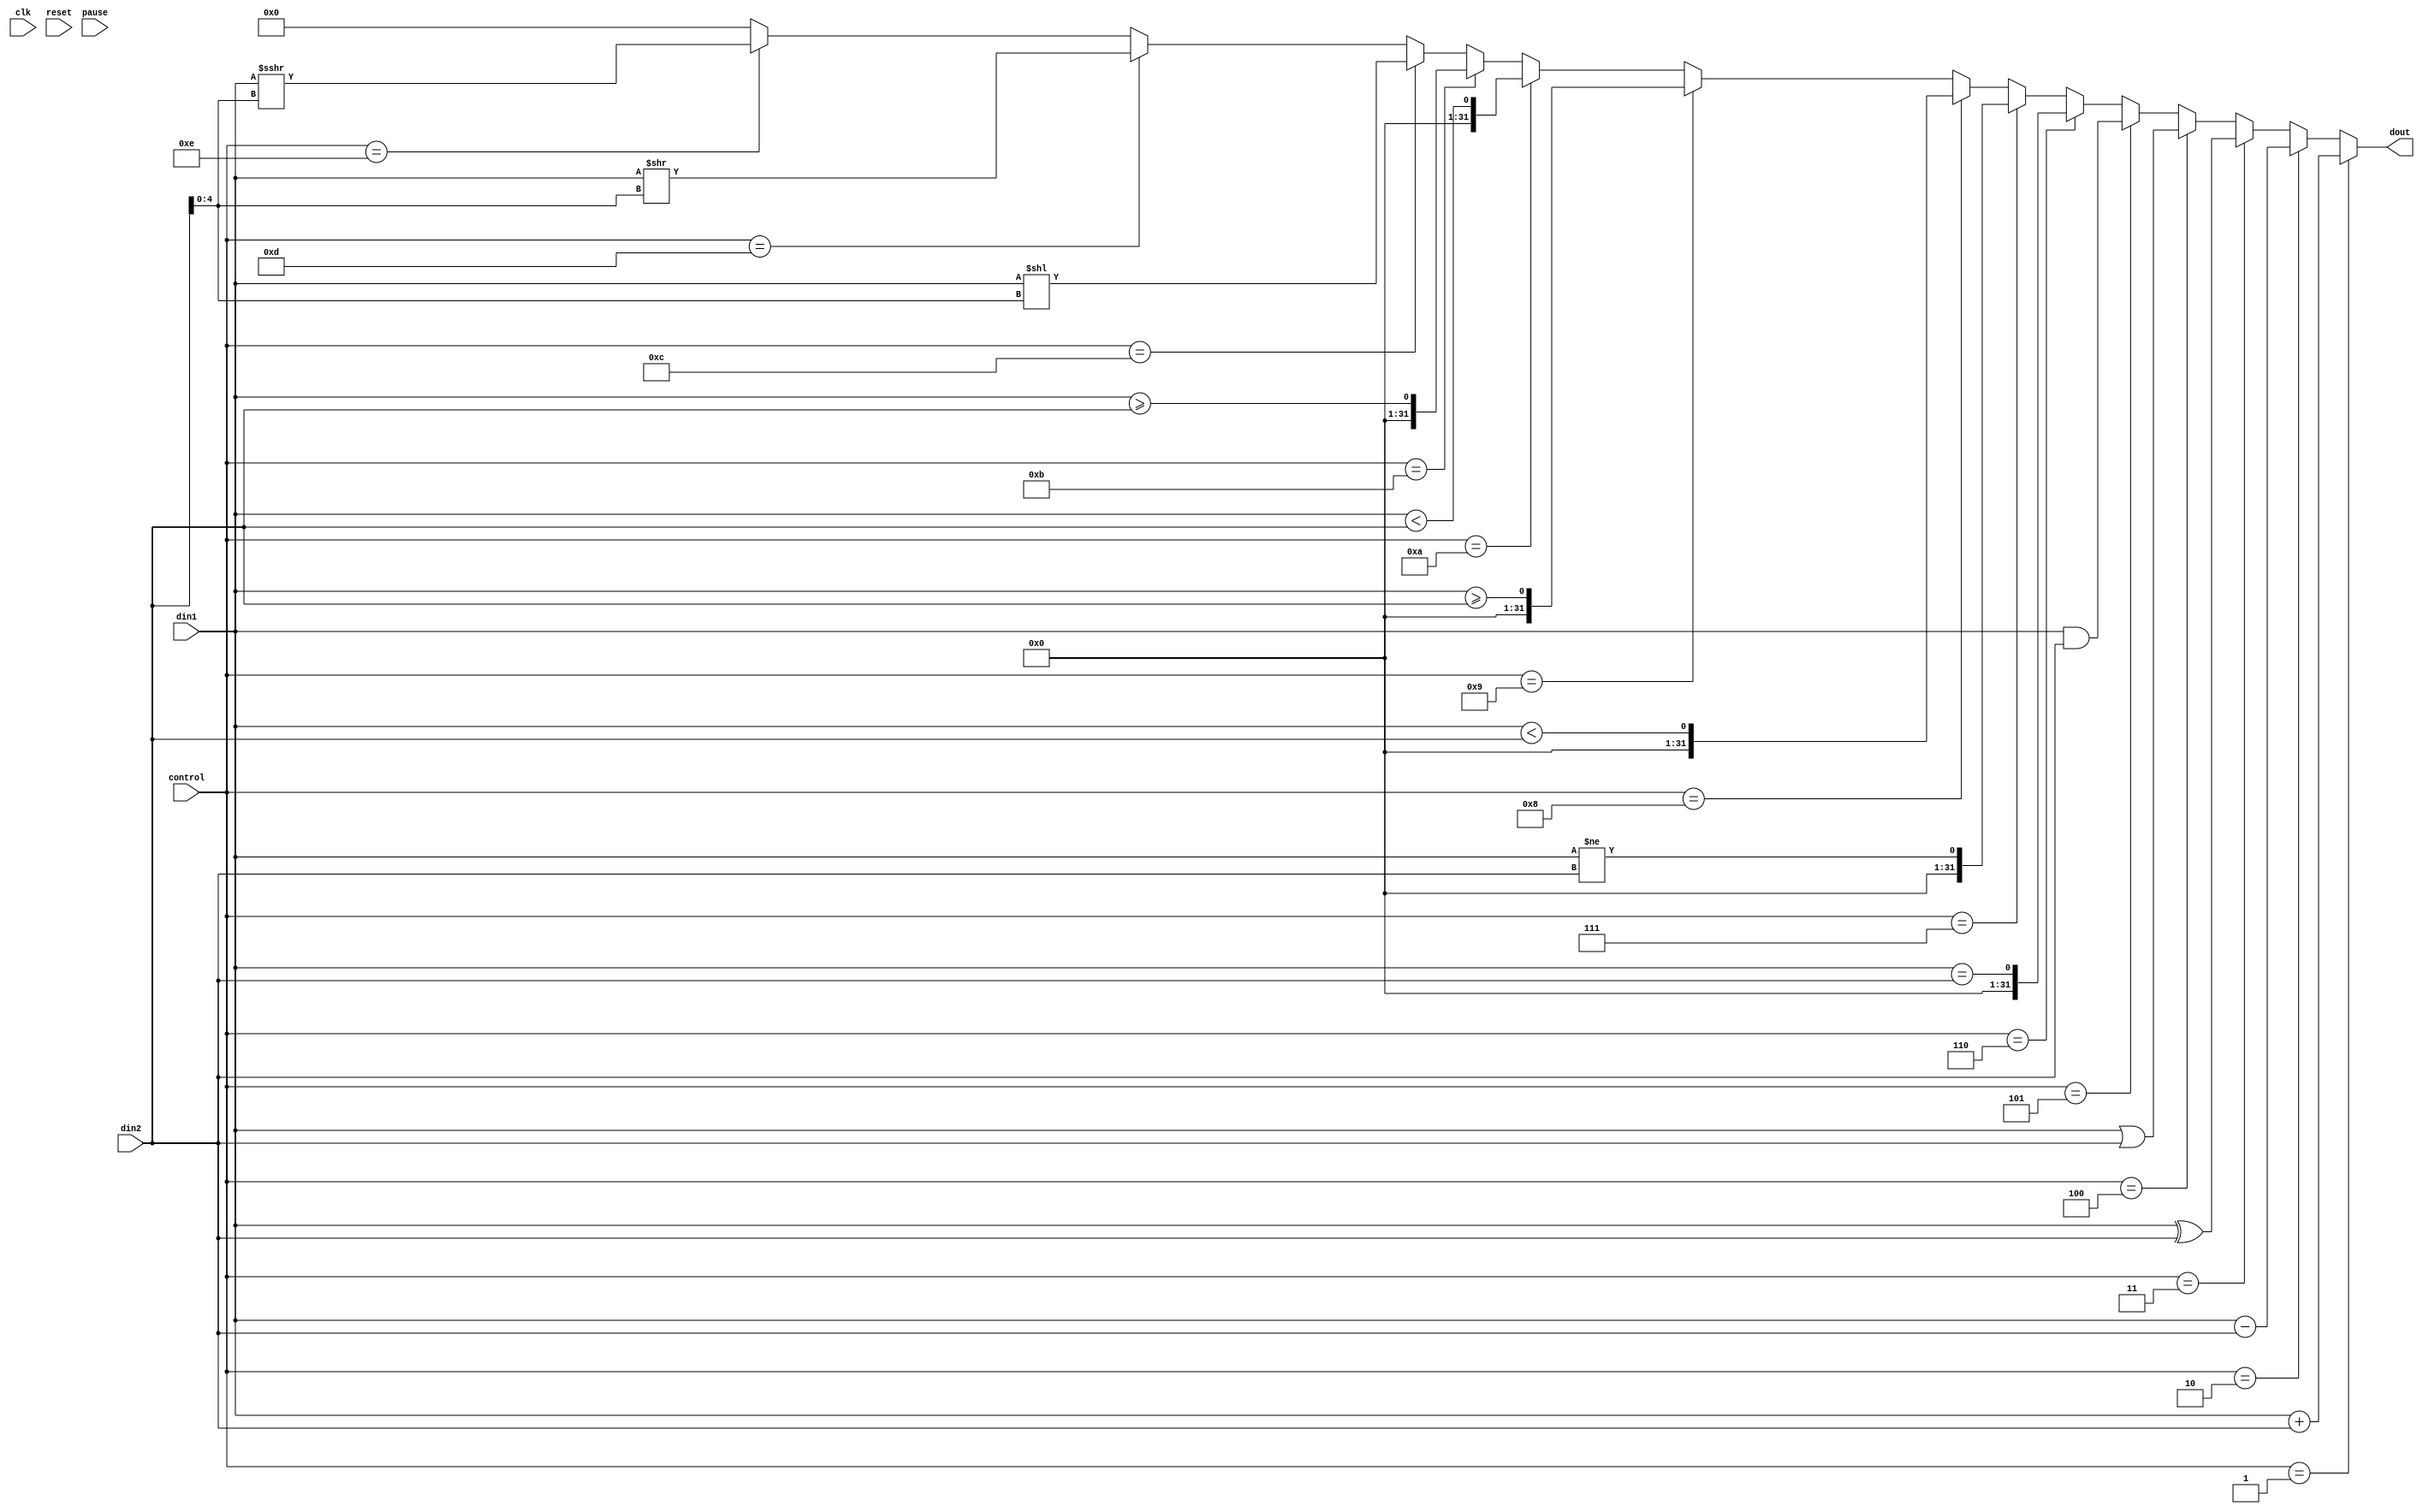
module ALU(
	input clk,
	input reset,
	input pause,
	
	input [31:0] din1,
	input [31:0] din2,
	input [7:0]  control,
	
	output [31:0] dout
);

	wire wire_add_en = ( control==8'h01 ) ; 
	wire wire_sub_en = ( control==8'h02 ) ; 
	wire wire_xor_en = ( control==8'h03 ) ; 
	wire wire_or_en  = ( control==8'h04 ) ; 
	wire wire_and_en = ( control==8'h05 ) ; 

// Arithmetic
//---------------------------------------------------------
	
	wire [31:0] wire_add32 = din1 + din2 ;
	wire [31:0] wire_sub32 = din1 - din2 ;
	wire [31:0] wire_xor32 = din1 ^ din2 ;
	wire [31:0] wire_or32  = din1 | din2 ;
	wire [31:0] wire_and32 = din1 & din2 ;
	
// Comparator
//---------------------------------------------------------
	wire signed [31:0] sign_din1 = din1;
	wire signed [31:0] sign_din2 = din2;
	
	wire wire_equal   = ( din1 == din2 );
	wire wire_nequal  = ( din1 != din2 );
	wire wire_lesser  = ( sign_din1 <  sign_din2 );
	wire wire_gequal  = ( sign_din1 >= sign_din2 );
	wire wire_ulesser = ( din1 <  din2 );
	wire wire_ugequal = ( din1 >= din2 );
	
// Shift
//---------------------------------------------------------
	wire [ 4:0]  operand = din2[4:0];
    wire [31:0] wire_sll = din1 << operand;
    wire [31:0] wire_srl = din1 >> operand;
    wire [31:0] wire_sra = sign_din1 >>> operand;
	
	
    assign dout = ( wire_add_en    ) ? wire_add32 
	:	          ( wire_sub_en    ) ? wire_sub32 
	:	          ( wire_xor_en    ) ? wire_xor32 
	:	          ( wire_or_en     ) ? wire_or32  
	:	          ( wire_and_en    ) ? wire_and32 
	:	          ( control==8'h06 ) ? {31'd0, wire_equal  }
	:	          ( control==8'h07 ) ? {31'd0, wire_nequal }
	:	          ( control==8'h08 ) ? {31'd0, wire_lesser }
	:	          ( control==8'h09 ) ? {31'd0, wire_gequal }
	:	          ( control==8'h0a ) ? {31'd0, wire_ulesser}
	:	          ( control==8'h0b ) ? {31'd0, wire_ugequal}
	:	          ( control==8'h0c ) ? wire_sll
	:	          ( control==8'h0d ) ? wire_srl
	:	          ( control==8'h0e ) ? wire_sra
	:	            32'd0;
	
endmodule